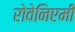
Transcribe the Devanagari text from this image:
रोवेनिएमी